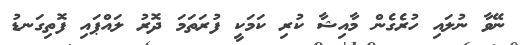
ނޭވާ ނުލައި ހުރެގެން މާއިޝާ ކުރި ކަމަކީ ފުރަތަމަ ދޮރު ލައްޕައި ފޮތިގަނޑު